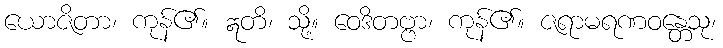
ယောဇိတာ၊ ကုန်၏။ ဣတိ၊ သို့။ ဝေဒိတဗ္ဗာ၊ ကုန်၏။ ဇရာမရဏဝန္တေသု၊